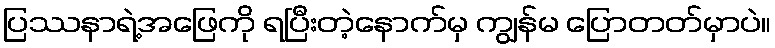
ပြဿနာရဲ့အဖြေကို ရပြီးတဲ့နောက်မှ ကျွန်မ ပြောတတ်မှာပဲ။